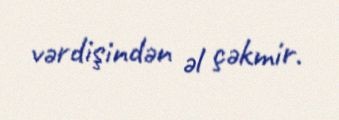
vərdişindən əl çəkmir.